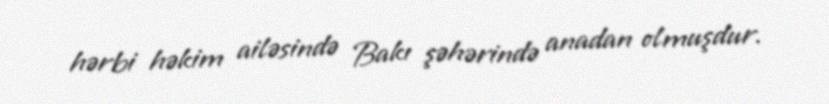
hərbi həkim ailəsində Bakı şəhərində anadan olmuşdur.